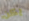
يكن